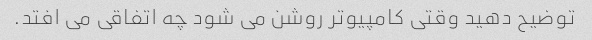
توضیح دهید وقتی کامپیوتر روشن می شود چه اتفاقی می افتد.